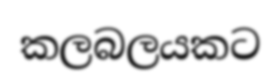
කලබලයකට